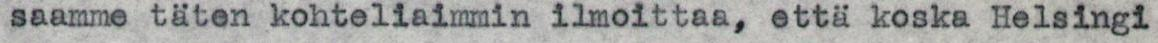
saamme täten kohteliaimmin ilmoittaa, että koska Helsingi